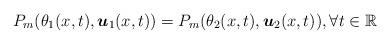
LaTeX: \begin{align*} P_m (\theta_1(x,t), \boldsymbol u_1(x,t)) = P_m (\theta_2(x,t), \boldsymbol u_2(x,t)), \forall t \in \mathbb{R}\end{align*}